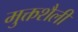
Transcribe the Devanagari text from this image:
मुक्तशैली